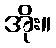
အိုး။